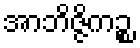
အာဘိဇ္ဇိကဉ္စ